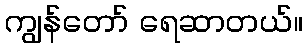
ကျွန်တော် ရေဆာတယ်။